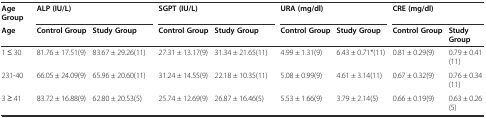
<table><thead><tr><td><b>Age Group</b></td><td colspan="2"><b>ALP (IU/L)</b></td><td colspan="2"><b>SGPT (IU/L)</b></td><td colspan="2"><b>URA (mg/dl)</b></td><td colspan="2"><b>CRE (mg/dl)</b></td></tr><tr><td><b>Age</b></td><td><b>Control Group</b></td><td><b>Study Group</b></td><td><b>Control Group</b></td><td><b>Study Group</b></td><td><b>Control Group</b></td><td><b>Study Group</b></td><td><b>Control Group</b></td><td><b>Study Group</b></td></tr></thead><tbody><tr><td>1 ≤ 30</td><td>81.76 ± 17.51(9)</td><td>83.67 ± 29.26(11)</td><td>27.31 ± 13.17(9)</td><td>31.34 ± 21.65(11)</td><td>4.99 ± 1.31(9)</td><td>6.43 ± 0.71*(11)</td><td>0.81 ± 0.29(9)</td><td>0.79 ± 0.41(11)</td></tr><tr><td>231-40</td><td>66.05 ± 24.09(9)</td><td>65.96 ± 20.60(11)</td><td>31.24 ± 14.55(9)</td><td>22.18 ± 10.35(11)</td><td>5.08 ± 0.99(9)</td><td>4.61 ± 3.14(11)</td><td>0.67 ± 0.32(9)</td><td>0.76 ± 0.34(11)</td></tr><tr><td>3 ≥ 41</td><td>83.72 ± 16.88(9)</td><td>62.80 ± 20.53(5)</td><td>25.74 ± 12.69(9)</td><td>26.87 ± 16.46(5)</td><td>5.53 ± 1.66(9)</td><td>3.79 ± 2.14(5)</td><td>0.66 ± 0.19(9)</td><td>0.63 ± 0.26(5)</td></tr></tbody></table>